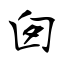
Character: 囱